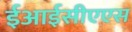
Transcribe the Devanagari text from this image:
ईआईसीएएस